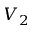
V _ { 2 }